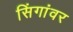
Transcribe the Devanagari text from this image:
सिंगांवर